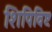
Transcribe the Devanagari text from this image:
शिपिविष्टः